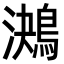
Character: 𪁠